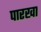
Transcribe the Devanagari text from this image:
पारखा